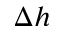
\Delta h